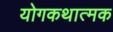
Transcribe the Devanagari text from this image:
योगकथात्मक